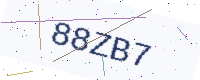
Text: 88ZB7